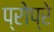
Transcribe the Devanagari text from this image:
प्रोप्रे